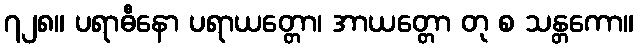
၇၂၈။ ပရာဓီနော ပရာယတ္တော၊ အာယတ္တော တု စ သန္တကော။